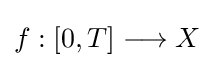
f:[0,T]\longrightarrow X